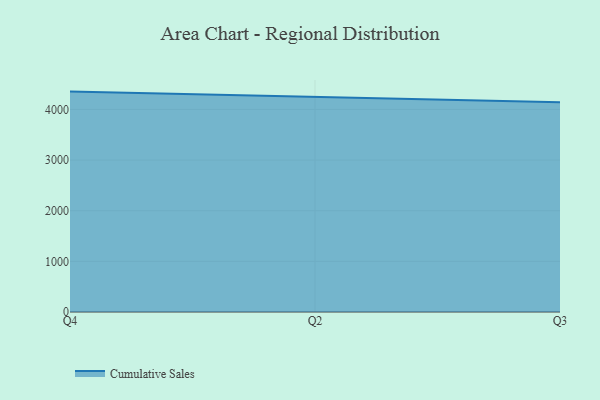
{"axis": {"x": "Quarter", "y": "Active Users"}, "legend": ["Cumulative Sales"], "data": [{"x": "Q4", "y": 4352.1, "type": "Cumulative Sales"}, {"x": "Q2", "y": 4249.1, "type": "Cumulative Sales"}, {"x": "Q3", "y": 4140.1, "type": "Cumulative Sales"}]}